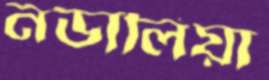
নডালিয়া